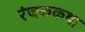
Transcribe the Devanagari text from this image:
रंजककथा